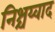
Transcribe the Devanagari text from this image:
निश्चय्वाद